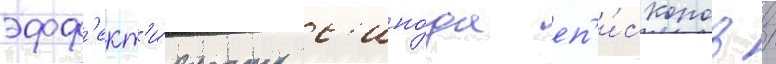
эфф'ект'и́вность с'ино́да еп'и́скопов /